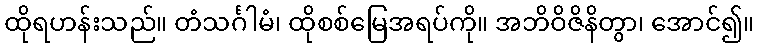
ထိုရဟန်းသည်။ တံသင်္ဂါမံ၊ ထိုစစ်မြေအရပ်ကို။ အဘိဝိဇိနိတွာ၊ အောင်၍။